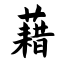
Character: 藉